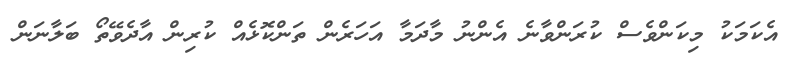
އެކަމަކު މިކަންވެސް ކުރަންވާނެ އެންނު މާދަމާ އަހަރެން ތަންކޮޅެއް ކުރިން އާދެވޭތޯ ބަލާނަން